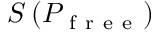
S \left( P _ { \mathrm { ~ f ~ r ~ e ~ e ~ } } \right)